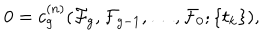
0 = c _ { g } ^ { ( n ) } ( { \cal F } _ { g } , { \cal F } _ { g - 1 } , \ldots , { \cal F } _ { 0 } ; \{ t _ { k } \} ) ,